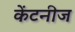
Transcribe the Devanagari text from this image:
केंटनीज